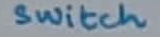
Text: switch